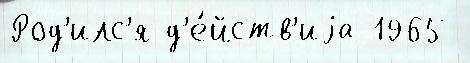
Род'илс'я д'е́йств'иjа 1965